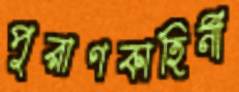
পুরাণকাহিনী